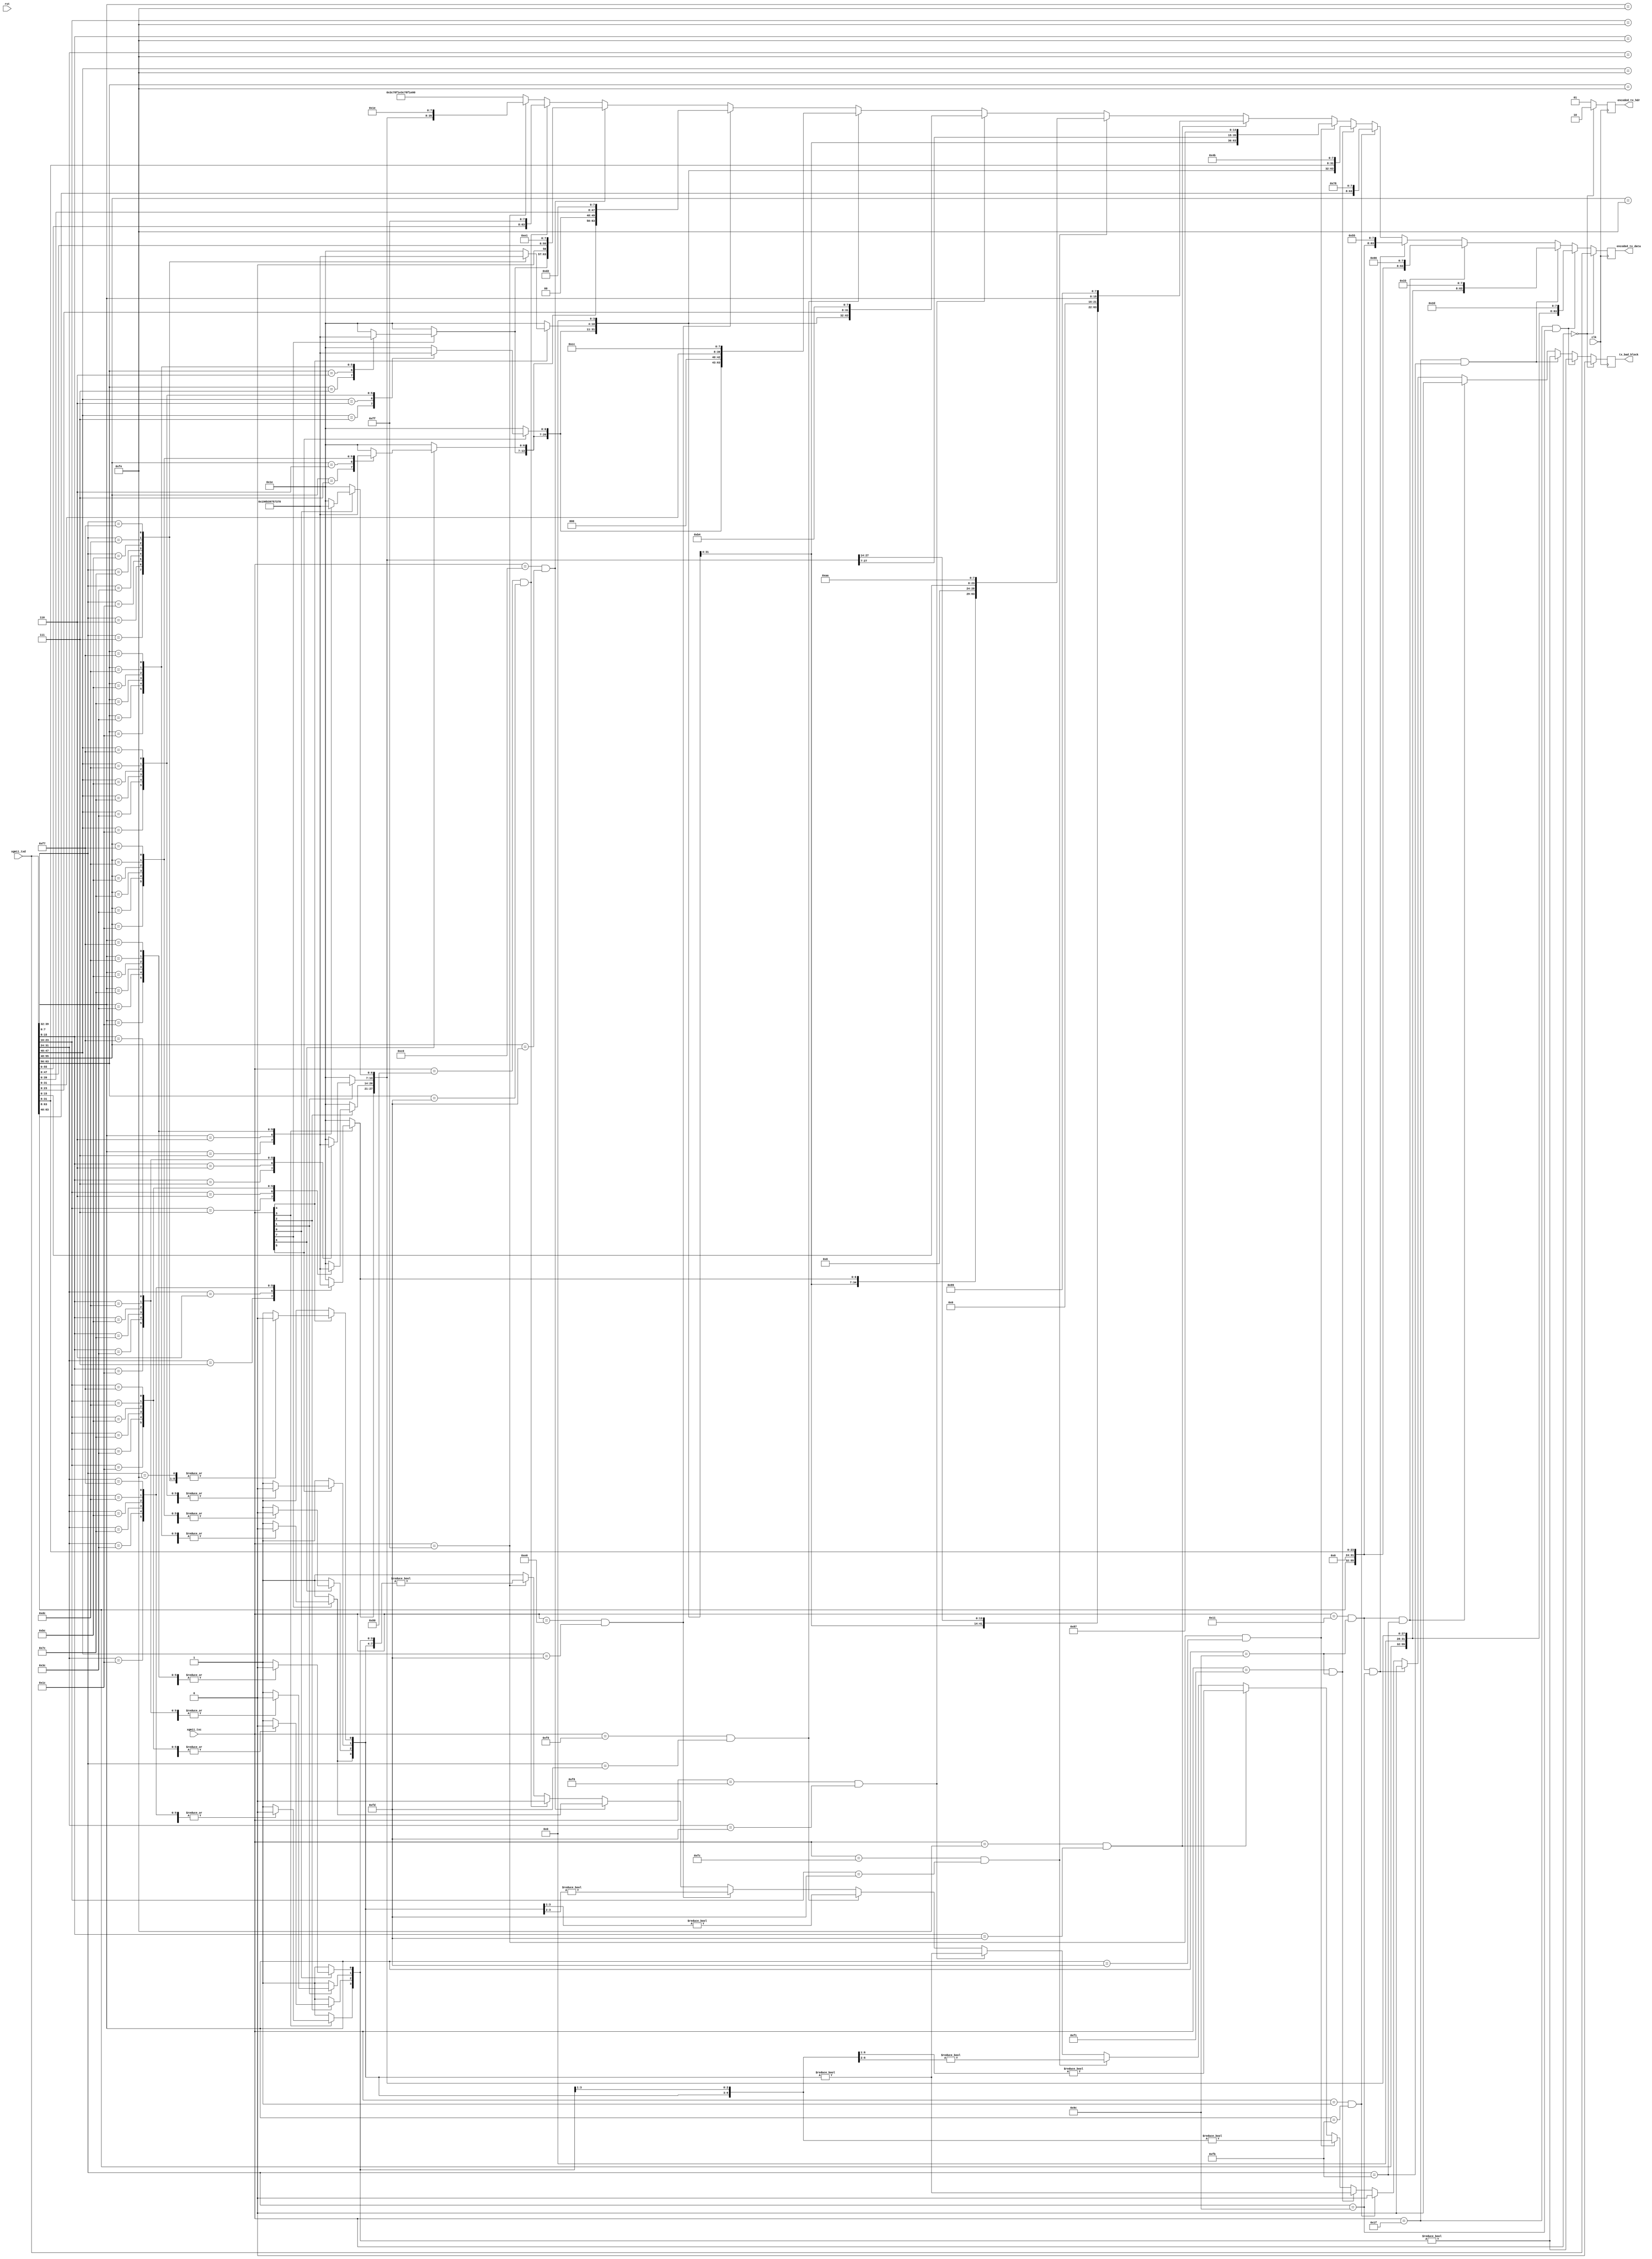
module xgmii_baser_enc_64 #
(
    parameter DATA_WIDTH = 64,
    parameter CTRL_WIDTH = (DATA_WIDTH/8),
    parameter HDR_WIDTH = 2
)
(
    input  wire                  clk,
    input  wire                  rst,
    /*
     */
    input  wire [DATA_WIDTH-1:0] xgmii_txd,
    input  wire [CTRL_WIDTH-1:0] xgmii_txc,
    /*
     */
    output wire [DATA_WIDTH-1:0] encoded_tx_data,
    output wire [HDR_WIDTH-1:0]  encoded_tx_hdr,
    /*
     */
    output wire                  tx_bad_block
);
// bus width assertions
initial begin
    if (DATA_WIDTH != 64) begin
        $error("Error: Interface width must be 64");
        $finish;
    end
    if (CTRL_WIDTH * 8 != DATA_WIDTH) begin
        $error("Error: Interface requires byte (8-bit) granularity");
        $finish;
    end
    if (HDR_WIDTH != 2) begin
        $error("Error: HDR_WIDTH must be 2");
        $finish;
    end
end
localparam [7:0]
    XGMII_IDLE   = 8'h07,
    XGMII_LPI    = 8'h06,
    XGMII_START  = 8'hfb,
    XGMII_TERM   = 8'hfd,
    XGMII_ERROR  = 8'hfe,
    XGMII_SEQ_OS = 8'h9c,
    XGMII_RES_0  = 8'h1c,
    XGMII_RES_1  = 8'h3c,
    XGMII_RES_2  = 8'h7c,
    XGMII_RES_3  = 8'hbc,
    XGMII_RES_4  = 8'hdc,
    XGMII_RES_5  = 8'hf7,
    XGMII_SIG_OS = 8'h5c;
localparam [6:0]
    CTRL_IDLE  = 7'h00,
    CTRL_LPI   = 7'h06,
    CTRL_ERROR = 7'h1e,
    CTRL_RES_0 = 7'h2d,
    CTRL_RES_1 = 7'h33,
    CTRL_RES_2 = 7'h4b,
    CTRL_RES_3 = 7'h55,
    CTRL_RES_4 = 7'h66,
    CTRL_RES_5 = 7'h78;
localparam [3:0]
    O_SEQ_OS = 4'h0,
    O_SIG_OS = 4'hf;
localparam [1:0]
    SYNC_DATA = 2'b10,
    SYNC_CTRL = 2'b01;
localparam [7:0]
    BLOCK_TYPE_CTRL     = 8'h1e, // C7 C6 C5 C4 C3 C2 C1 C0 BT
    BLOCK_TYPE_OS_4     = 8'h2d, // D7 D6 D5 O4 C3 C2 C1 C0 BT
    BLOCK_TYPE_START_4  = 8'h33, // D7 D6 D5    C3 C2 C1 C0 BT
    BLOCK_TYPE_OS_START = 8'h66, // D7 D6 D5    O0 D3 D2 D1 BT
    BLOCK_TYPE_OS_04    = 8'h55, // D7 D6 D5 O4 O0 D3 D2 D1 BT
    BLOCK_TYPE_START_0  = 8'h78, // D7 D6 D5 D4 D3 D2 D1    BT
    BLOCK_TYPE_OS_0     = 8'h4b, // C7 C6 C5 C4 O0 D3 D2 D1 BT
    BLOCK_TYPE_TERM_0   = 8'h87, // C7 C6 C5 C4 C3 C2 C1    BT
    BLOCK_TYPE_TERM_1   = 8'h99, // C7 C6 C5 C4 C3 C2    D0 BT
    BLOCK_TYPE_TERM_2   = 8'haa, // C7 C6 C5 C4 C3    D1 D0 BT
    BLOCK_TYPE_TERM_3   = 8'hb4, // C7 C6 C5 C4    D2 D1 D0 BT
    BLOCK_TYPE_TERM_4   = 8'hcc, // C7 C6 C5    D3 D2 D1 D0 BT
    BLOCK_TYPE_TERM_5   = 8'hd2, // C7 C6    D4 D3 D2 D1 D0 BT
    BLOCK_TYPE_TERM_6   = 8'he1, // C7    D5 D4 D3 D2 D1 D0 BT
    BLOCK_TYPE_TERM_7   = 8'hff; //    D6 D5 D4 D3 D2 D1 D0 BT
reg [DATA_WIDTH*7/8-1:0] encoded_ctrl;
reg [CTRL_WIDTH-1:0] encode_err;
reg [DATA_WIDTH-1:0] encoded_tx_data_reg = {DATA_WIDTH{1'b0}}, encoded_tx_data_next;
reg [HDR_WIDTH-1:0] encoded_tx_hdr_reg = {HDR_WIDTH{1'b0}}, encoded_tx_hdr_next;
reg tx_bad_block_reg = 1'b0, tx_bad_block_next;
assign encoded_tx_data = encoded_tx_data_reg;
assign encoded_tx_hdr = encoded_tx_hdr_reg;
assign tx_bad_block = tx_bad_block_reg;
integer i;
always @* begin
    tx_bad_block_next = 1'b0;
    for (i = 0; i < CTRL_WIDTH; i = i + 1) begin
        if (xgmii_txc[i]) begin
            // control
            case (xgmii_txd[8*i +: 8])
                XGMII_IDLE: begin
                    encoded_ctrl[7*i +: 7] = CTRL_IDLE;
                    encode_err[i] = 1'b0;
                end
                XGMII_LPI: begin
                    encoded_ctrl[7*i +: 7] = CTRL_LPI;
                    encode_err[i] = 1'b0;
                end
                XGMII_ERROR: begin
                    encoded_ctrl[7*i +: 7] = CTRL_ERROR;
                    encode_err[i] = 1'b0;
                end
                XGMII_RES_0: begin
                    encoded_ctrl[7*i +: 7] = CTRL_RES_0;
                    encode_err[i] = 1'b0;
                end
                XGMII_RES_1: begin
                    encoded_ctrl[7*i +: 7] = CTRL_RES_1;
                    encode_err[i] = 1'b0;
                end
                XGMII_RES_2: begin
                    encoded_ctrl[7*i +: 7] = CTRL_RES_2;
                    encode_err[i] = 1'b0;
                end
                XGMII_RES_3: begin
                    encoded_ctrl[7*i +: 7] = CTRL_RES_3;
                    encode_err[i] = 1'b0;
                end
                XGMII_RES_4: begin
                    encoded_ctrl[7*i +: 7] = CTRL_RES_4;
                    encode_err[i] = 1'b0;
                end
                XGMII_RES_5: begin
                    encoded_ctrl[7*i +: 7] = CTRL_RES_5;
                    encode_err[i] = 1'b0;
                end
                default: begin
                    encoded_ctrl[7*i +: 7] = CTRL_ERROR;
                    encode_err[i] = 1'b1;
                end
            endcase
        end else begin
            // data (always invalid as control)
            encoded_ctrl[7*i +: 7] = CTRL_ERROR;
            encode_err[i] = 1'b1;
        end
    end
    if (xgmii_txc == 8'h00) begin
        encoded_tx_data_next = xgmii_txd;
        encoded_tx_hdr_next = SYNC_DATA;
        tx_bad_block_next = 1'b0;
    end else begin
        if (xgmii_txc == 8'h1f && xgmii_txd[39:32] == XGMII_SEQ_OS) begin
            // ordered set in lane 4
            encoded_tx_data_next = {xgmii_txd[63:40], O_SEQ_OS, encoded_ctrl[27:0], BLOCK_TYPE_OS_4};
            tx_bad_block_next = encode_err[3:0] != 0;
        end else if (xgmii_txc == 8'h1f && xgmii_txd[39:32] == XGMII_START) begin
            // start in lane 4
            encoded_tx_data_next = {xgmii_txd[63:40], 4'd0, encoded_ctrl[27:0], BLOCK_TYPE_START_4};
            tx_bad_block_next = encode_err[3:0] != 0;
        end else if (xgmii_txc == 8'h11 && xgmii_txd[7:0] == XGMII_SEQ_OS && xgmii_txd[39:32] == XGMII_START) begin
            // ordered set in lane 0, start in lane 4
            encoded_tx_data_next = {xgmii_txd[63:40], 4'd0, O_SEQ_OS, xgmii_txd[31:8], BLOCK_TYPE_OS_START};
            tx_bad_block_next = 1'b0;
        end else if (xgmii_txc == 8'h11 && xgmii_txd[7:0] == XGMII_SEQ_OS && xgmii_txd[39:32] == XGMII_SEQ_OS) begin
            // ordered set in lane 0 and lane 4
            encoded_tx_data_next = {xgmii_txd[63:40], O_SEQ_OS, O_SEQ_OS, xgmii_txd[31:8], BLOCK_TYPE_OS_04};
            tx_bad_block_next = 1'b0;
        end else if (xgmii_txc == 8'h01 && xgmii_txd[7:0] == XGMII_START) begin
            // start in lane 0
            encoded_tx_data_next = {xgmii_txd[63:8], BLOCK_TYPE_START_0};
            tx_bad_block_next = 1'b0;
        end else if (xgmii_txc == 8'hf1 && xgmii_txd[7:0] == XGMII_SEQ_OS) begin
            // ordered set in lane 0
            encoded_tx_data_next = {encoded_ctrl[55:28], O_SEQ_OS, xgmii_txd[31:8], BLOCK_TYPE_OS_0};
            tx_bad_block_next = encode_err[7:4] != 0;
        end else if (xgmii_txc == 8'hff && xgmii_txd[7:0] == XGMII_TERM) begin
            // terminate in lane 0
            encoded_tx_data_next = {encoded_ctrl[55:7], 7'd0, BLOCK_TYPE_TERM_0};
            tx_bad_block_next = encode_err[7:1] != 0;
        end else if (xgmii_txc == 8'hfe && xgmii_txd[15:8] == XGMII_TERM) begin
            // terminate in lane 1
            encoded_tx_data_next = {encoded_ctrl[55:14], 6'd0, xgmii_txd[7:0], BLOCK_TYPE_TERM_1};
            tx_bad_block_next = encode_err[7:2] != 0;
        end else if (xgmii_txc == 8'hfc && xgmii_txd[23:16] == XGMII_TERM) begin
            // terminate in lane 2
            encoded_tx_data_next = {encoded_ctrl[55:21], 5'd0, xgmii_txd[15:0], BLOCK_TYPE_TERM_2};
            tx_bad_block_next = encode_err[7:3] != 0;
        end else if (xgmii_txc == 8'hf8 && xgmii_txd[31:24] == XGMII_TERM) begin
            // terminate in lane 3
            encoded_tx_data_next = {encoded_ctrl[55:28], 4'd0, xgmii_txd[23:0], BLOCK_TYPE_TERM_3};
            tx_bad_block_next = encode_err[7:4] != 0;
        end else if (xgmii_txc == 8'hf0 && xgmii_txd[39:32] == XGMII_TERM) begin
            // terminate in lane 4
            encoded_tx_data_next = {encoded_ctrl[55:35], 3'd0, xgmii_txd[31:0], BLOCK_TYPE_TERM_4};
            tx_bad_block_next = encode_err[7:5] != 0;
        end else if (xgmii_txc == 8'he0 && xgmii_txd[47:40] == XGMII_TERM) begin
            // terminate in lane 5
            encoded_tx_data_next = {encoded_ctrl[55:42], 2'd0, xgmii_txd[39:0], BLOCK_TYPE_TERM_5};
            tx_bad_block_next = encode_err[7:6] != 0;
        end else if (xgmii_txc == 8'hc0 && xgmii_txd[55:48] == XGMII_TERM) begin
            // terminate in lane 6
            encoded_tx_data_next = {encoded_ctrl[55:49], 1'd0, xgmii_txd[47:0], BLOCK_TYPE_TERM_6};
            tx_bad_block_next = encode_err[7] != 0;
        end else if (xgmii_txc == 8'h80 && xgmii_txd[63:56] == XGMII_TERM) begin
            // terminate in lane 7
            encoded_tx_data_next = {xgmii_txd[55:0], BLOCK_TYPE_TERM_7};
            tx_bad_block_next = 1'b0;
        end else if (xgmii_txc == 8'hff) begin
            // all control
            encoded_tx_data_next = {encoded_ctrl, BLOCK_TYPE_CTRL};
            tx_bad_block_next = encode_err != 0;
        end else begin
            // no corresponding block format
            encoded_tx_data_next = {{8{CTRL_ERROR}}, BLOCK_TYPE_CTRL};
            tx_bad_block_next = 1'b1;
        end
        encoded_tx_hdr_next = SYNC_CTRL;
    end
end
always @(posedge clk) begin
    encoded_tx_data_reg <= encoded_tx_data_next;
    encoded_tx_hdr_reg <= encoded_tx_hdr_next;
    tx_bad_block_reg <= tx_bad_block_next;
end
endmodule